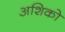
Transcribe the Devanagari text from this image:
अशिको